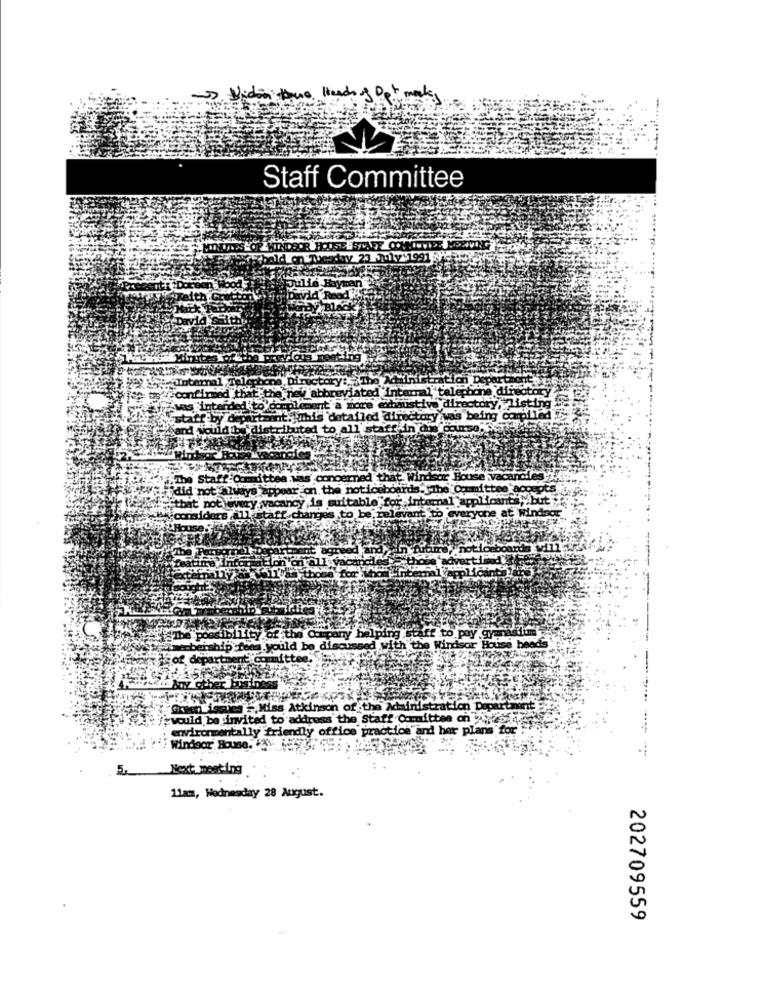
Heads of .
Staff Committee
2.1991
ne directory
zwas inte
ary listing
staff b
was being compiled
Sand!
i, The Staf
did not's
bat
.but?
The possibli ty oft
helping Staff to pay gymnasdie
wie beiship fees would be discussed with the Windsor Houss beads
Hagof depart
Miss Atkinson of the Administration Department
*would be invited to address the Staff Committee on ss
environmentally friendly office practice and her plans for
Windsor Bouse. 5: 55
5.
Next meeting
11am, Wednesday 28 August.
202709559